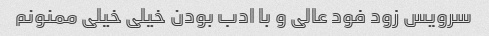
سرویس زود فود عالی و با ادب بودن خیلی خیلی ممنونم